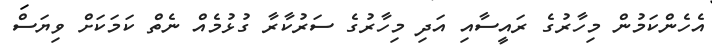
އެހެންކަމުން މިހާރުގެ ރައީސާއި އަދި މިހާރުގެ ސަރުކާރާ ގުޅުމެއް ނެތް ކަމަކަށް ވިޔަސް